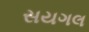
સયગલ